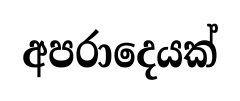
අපරාදෙයක්